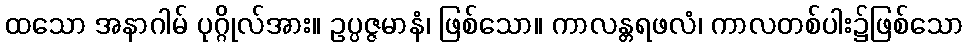
ထသော အနာဂါမ် ပုဂ္ဂိုလ်အား။ ဥပ္ပဇ္ဇမာနံ၊ ဖြစ်သော။ ကာလန္တရဖလံ၊ ကာလတစ်ပါး၌ဖြစ်သော